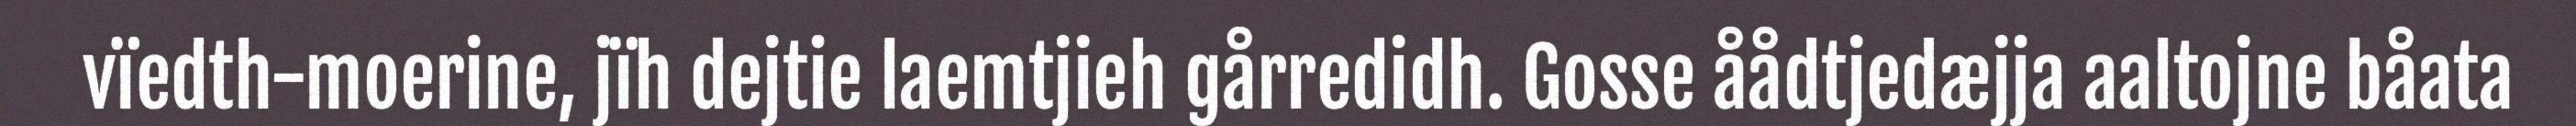
vïedth-moerine, jïh dejtie laemtjieh gårredidh. Gosse åådtjedæjja aaltojne båata